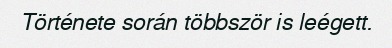
Története során többször is leégett.